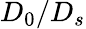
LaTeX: D_{0}/D_{s}